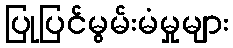
ပြုပြင်မွမ်းမံမှုများ